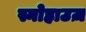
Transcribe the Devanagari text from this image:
स्नोहाउज़